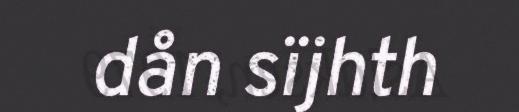
dån sïjhth